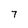
Character: 7